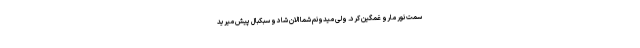
سمت نور مارو غمگین کرد. ولی میدونم شما الان شاد و سبکبال پیش میرید